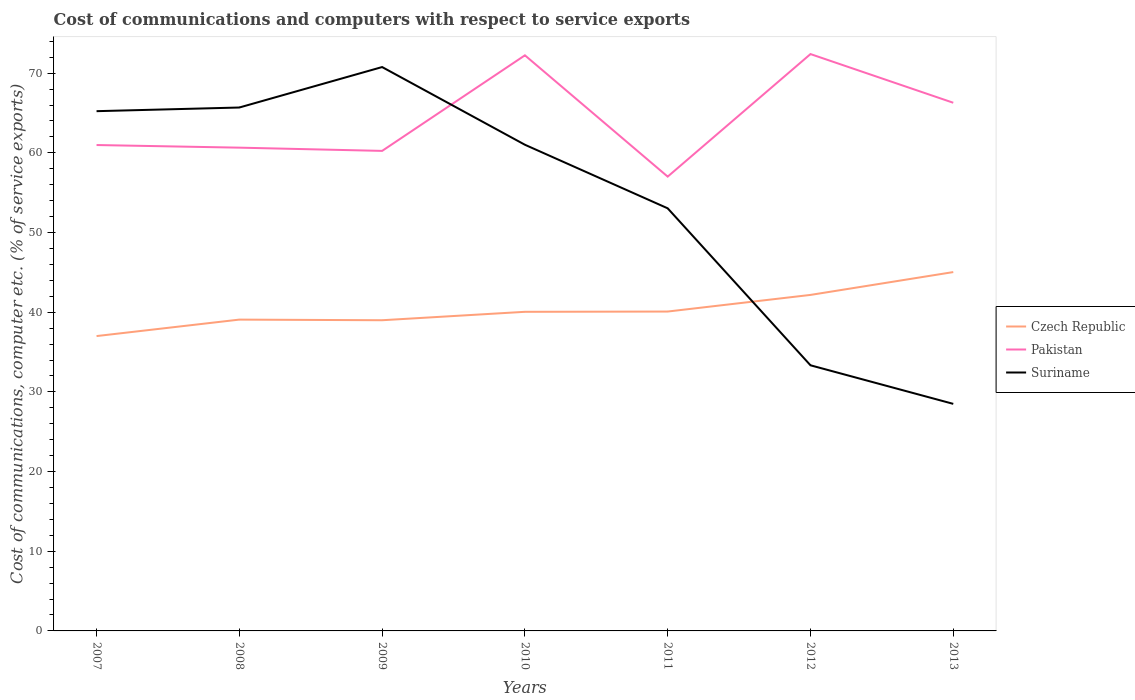
| Years | Czech Republic | Pakistan | Suriname |
 | --- | --- | --- | --- |
 | 2007 | 37 | 61 | 65.2 |
 | 2008 | 39.1 | 60.7 | 65.7 |
 | 2009 | 39 | 60.2 | 70.8 |
 | 2010 | 40.1 | 72.2 | 61 |
 | 2011 | 40.1 | 57 | 53 |
 | 2012 | 42.2 | 72.4 | 33.3 |
 | 2013 | 45 | 66.3 | 28.5 |